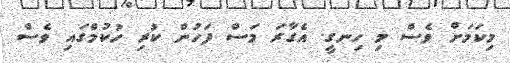
މިކަމަށް ވެސް މި ހިނގީ. އެގާރަ މަސް ފަހުން ކުރި ހުކުމްގައި ވެސް